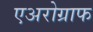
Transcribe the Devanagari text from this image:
एअरोग्राफ